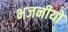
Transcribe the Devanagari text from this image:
भजनीयो